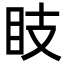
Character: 𥄏